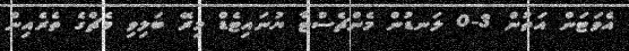
އެވަޓަން އަތުން 3-0 ލަނޑުން މެންޗެސްޓާ ޔުނައިޓެޑް މިރޭ ބަލިވި މެޗްގެ ތެރެއިން